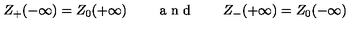
Z _ { + } ( - \infty ) = Z _ { 0 } ( + \infty ) \qquad \textrm { a n d } \qquad Z _ { - } ( + \infty ) = Z _ { 0 } ( - \infty )